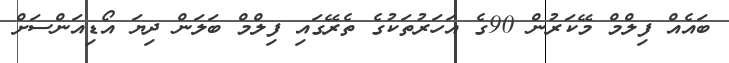
ބައެއް ފިލްމް މޭކަރުން 90ގެ އަހަރުތަކުގެ ތެރޭގައި ފިލްމް ބަލަން ދިޔަ އޯޑިއަންސަށް